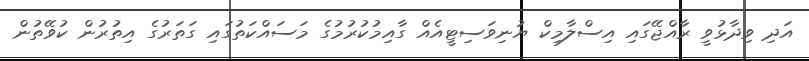
އަދި ވިދާޅުވީ ރާއްޖޭގައި އިސްލާމިކް ޔުނިވަސިޓީއެއް ގާއިމުކުރުމުގެ މަސައްކަތުގައި ގަތަރުގެ އިތުރުން ކުވޭތުން